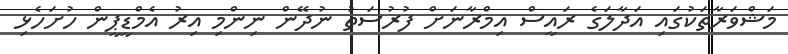
މަޝްވަރާތަކުގައި އަދާލަގެ ރައީސް އިމްރާނަށް ފުރުސަތު ނުދޭން ނިންމި އިރު އެމްޑީޕީން ހުށަހެޅި